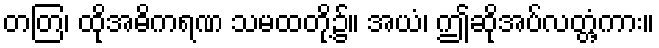
တတြ၊ ထိုအဓိကရဏ သမထတို့၌။ အယံ၊ ဤဆိုအပ်လတ္တံ့ကား။